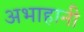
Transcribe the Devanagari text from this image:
अभाहानी